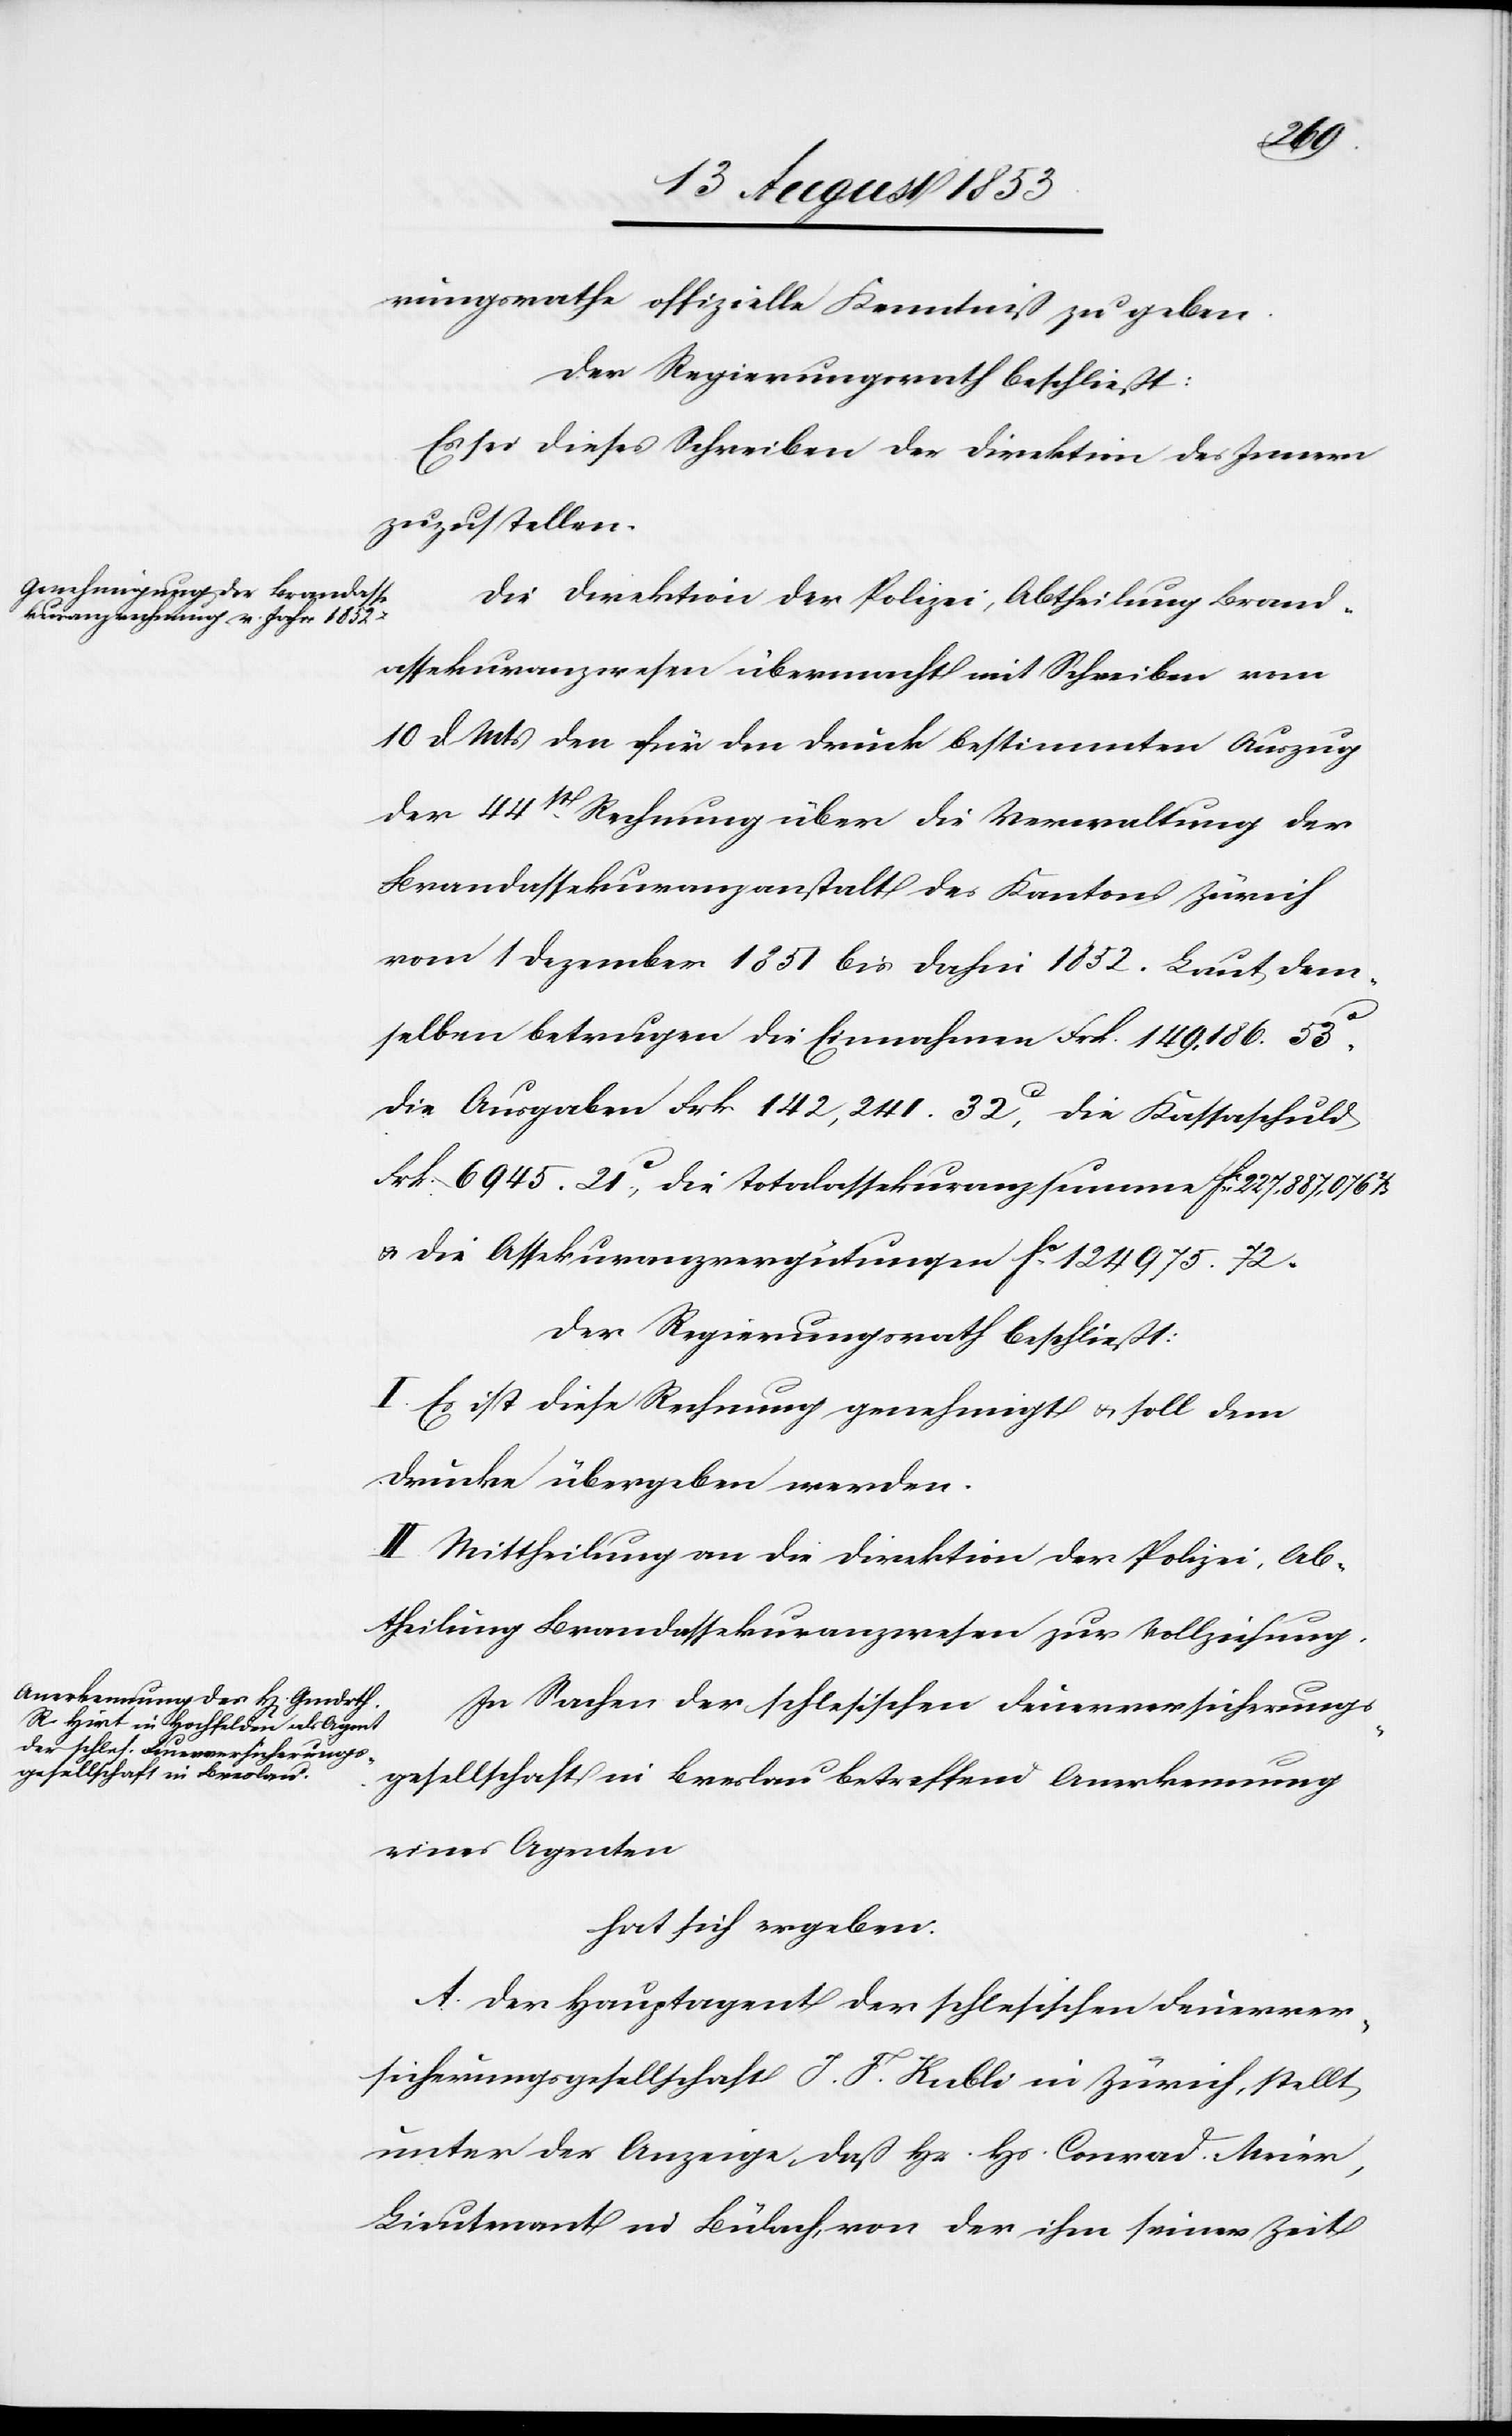
rungsrathe offizielle Kenntniß zu geben.
Der Regierungsrath beschließt:
Es sei dieses Schreiben der Direktion des Innern
zuzustellen.
Die Direktion der Polizei, Abtheilung Brand¬
assekuranzwesen übermacht mit Schreiben vom
10 d. Mts. den für den Druck bestimmten Auszug
der 44t Rechnung über die Verwaltung der
Brandassekuranzanstalt des Kantons Zürich
vom 1 Dezember 1851 bis dahin 1852. Laut dem¬
selben betrugen die Einnahmen Frk. 149,186. 53c.
Die Ausgaben Frk 142,241. 32c, die Kassaschuld
Frk. 6945. 21c, die Totalassekuranzsumme fc 227,887,076 2/3
u. die Assekuranzvergütungen fc 124,975,72.
Der Regierungsrath beschließt:
I. Es ist diese Rechnung genehmigt u. soll dem
Drucke übergeben werden.
II. Mittheilung an die Direktion der Polizei, Ab¬
theilung Brandassekuranzwesen zur Vollziehung.
In Sachen der schlesischen Feuerversicherungs¬
gesellschaft in Breslau betreffend Anerkennung
eines Agenten
hat sich ergeben:
A. Der Hauptagent der schlesischen Feuerver¬
sicherungsgesellschaft J. J. Kubli in Zürich, stellt
unter der Anzeige, daß Hr. Hs. Conrad Meier,
Lieutnant in Bülach, von der ihm seiner Zeit